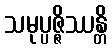
သမုပ္ပဇ္ဇိဿန္တိ